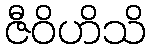
ဇီဝိဟိသိ